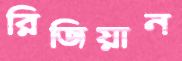
রিজিয়ান